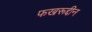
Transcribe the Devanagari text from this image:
फखरूद्दीन